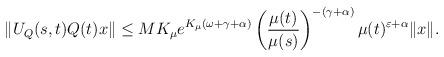
LaTeX: \begin{align*} \|U_{Q}(s,t)Q(t)x\| & \leq M K_\mu e^{K_\mu(\omega + \gamma +\alpha)} \left(\dfrac{\mu(t)}{\mu(s)}\right)^{-(\gamma+\alpha)} \mu(t)^{\varepsilon+\alpha} \|x\|. \end{align*}